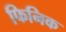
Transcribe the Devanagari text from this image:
फिनिक